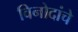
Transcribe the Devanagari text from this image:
विनोदांचे